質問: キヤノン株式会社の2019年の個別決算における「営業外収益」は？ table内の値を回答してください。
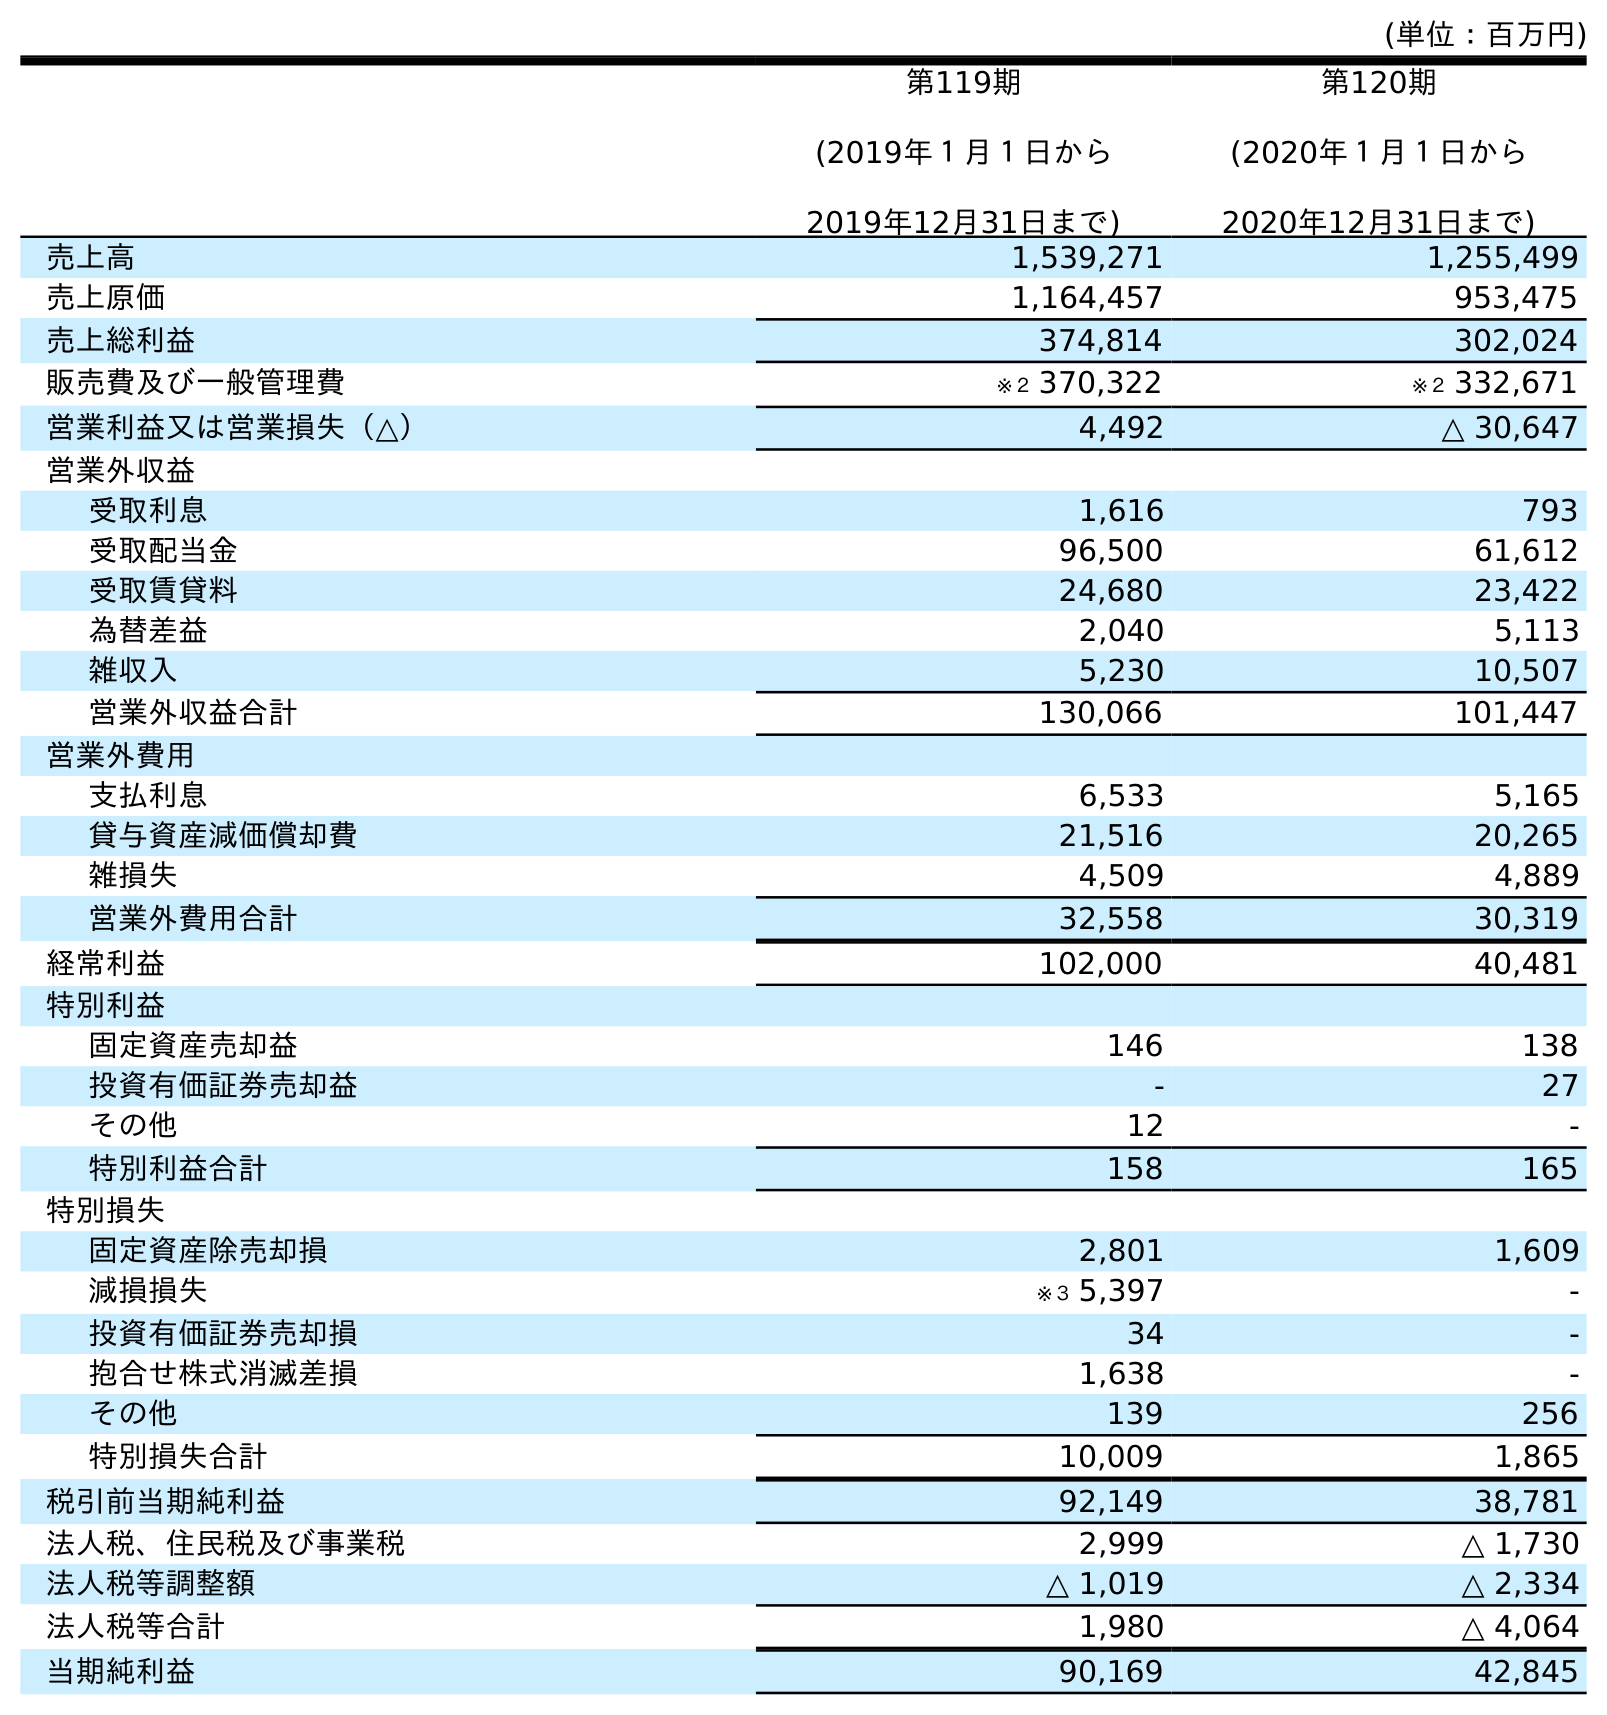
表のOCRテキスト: (単位：百万円) 第119期 (2019年１月１日から 2019年12月31日まで) 第120期 (2020年１月１日から 2020年12月31日まで) 売上高 1,539,271 1,255,499 売上原価 1,164,457 953,475 売上総利益 374,814 302,024 販売費及び一般管理費 ※２ 370,322 ※２ 332,671 営業利益又は営業損失（△） 4,492 △ 30,647 営業外収益 受取利息 1,616 793 受取配当金 96,500 61,612 受取賃貸料 24,680 23,422 為替差益 2,040 5,113 雑収入 5,230 10,507 営業外収益合計 130,066 101,447 営業外費用 支払利息 6,533 5,165 貸与資産減価償却費 21,516 20,265 雑損失 4,509 4,889 営業外費用合計 32,558 30,319 経常利益 102,000 40,481 特別利益 固定資産売却益 146 138 投資有価証券売却益 - 27 その他 12 - 特別利益合計 158 165 特別損失 固定資産除売却損 2,801 1,609 減損損失 ※３ 5,397 - 投資有価証券売却損 34 - 抱合せ株式消滅差損 1,638 - その他 139 256 特別損失合計 10,009 1,865 税引前当期純利益 92,149 38,781 法人税、住民税及び事業税 2,999 △ 1,730 法人税等調整額 △ 1,019 △ 2,334 法人税等合計 1,980 △ 4,064 当期純利益 90,169 42,845
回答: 130,066